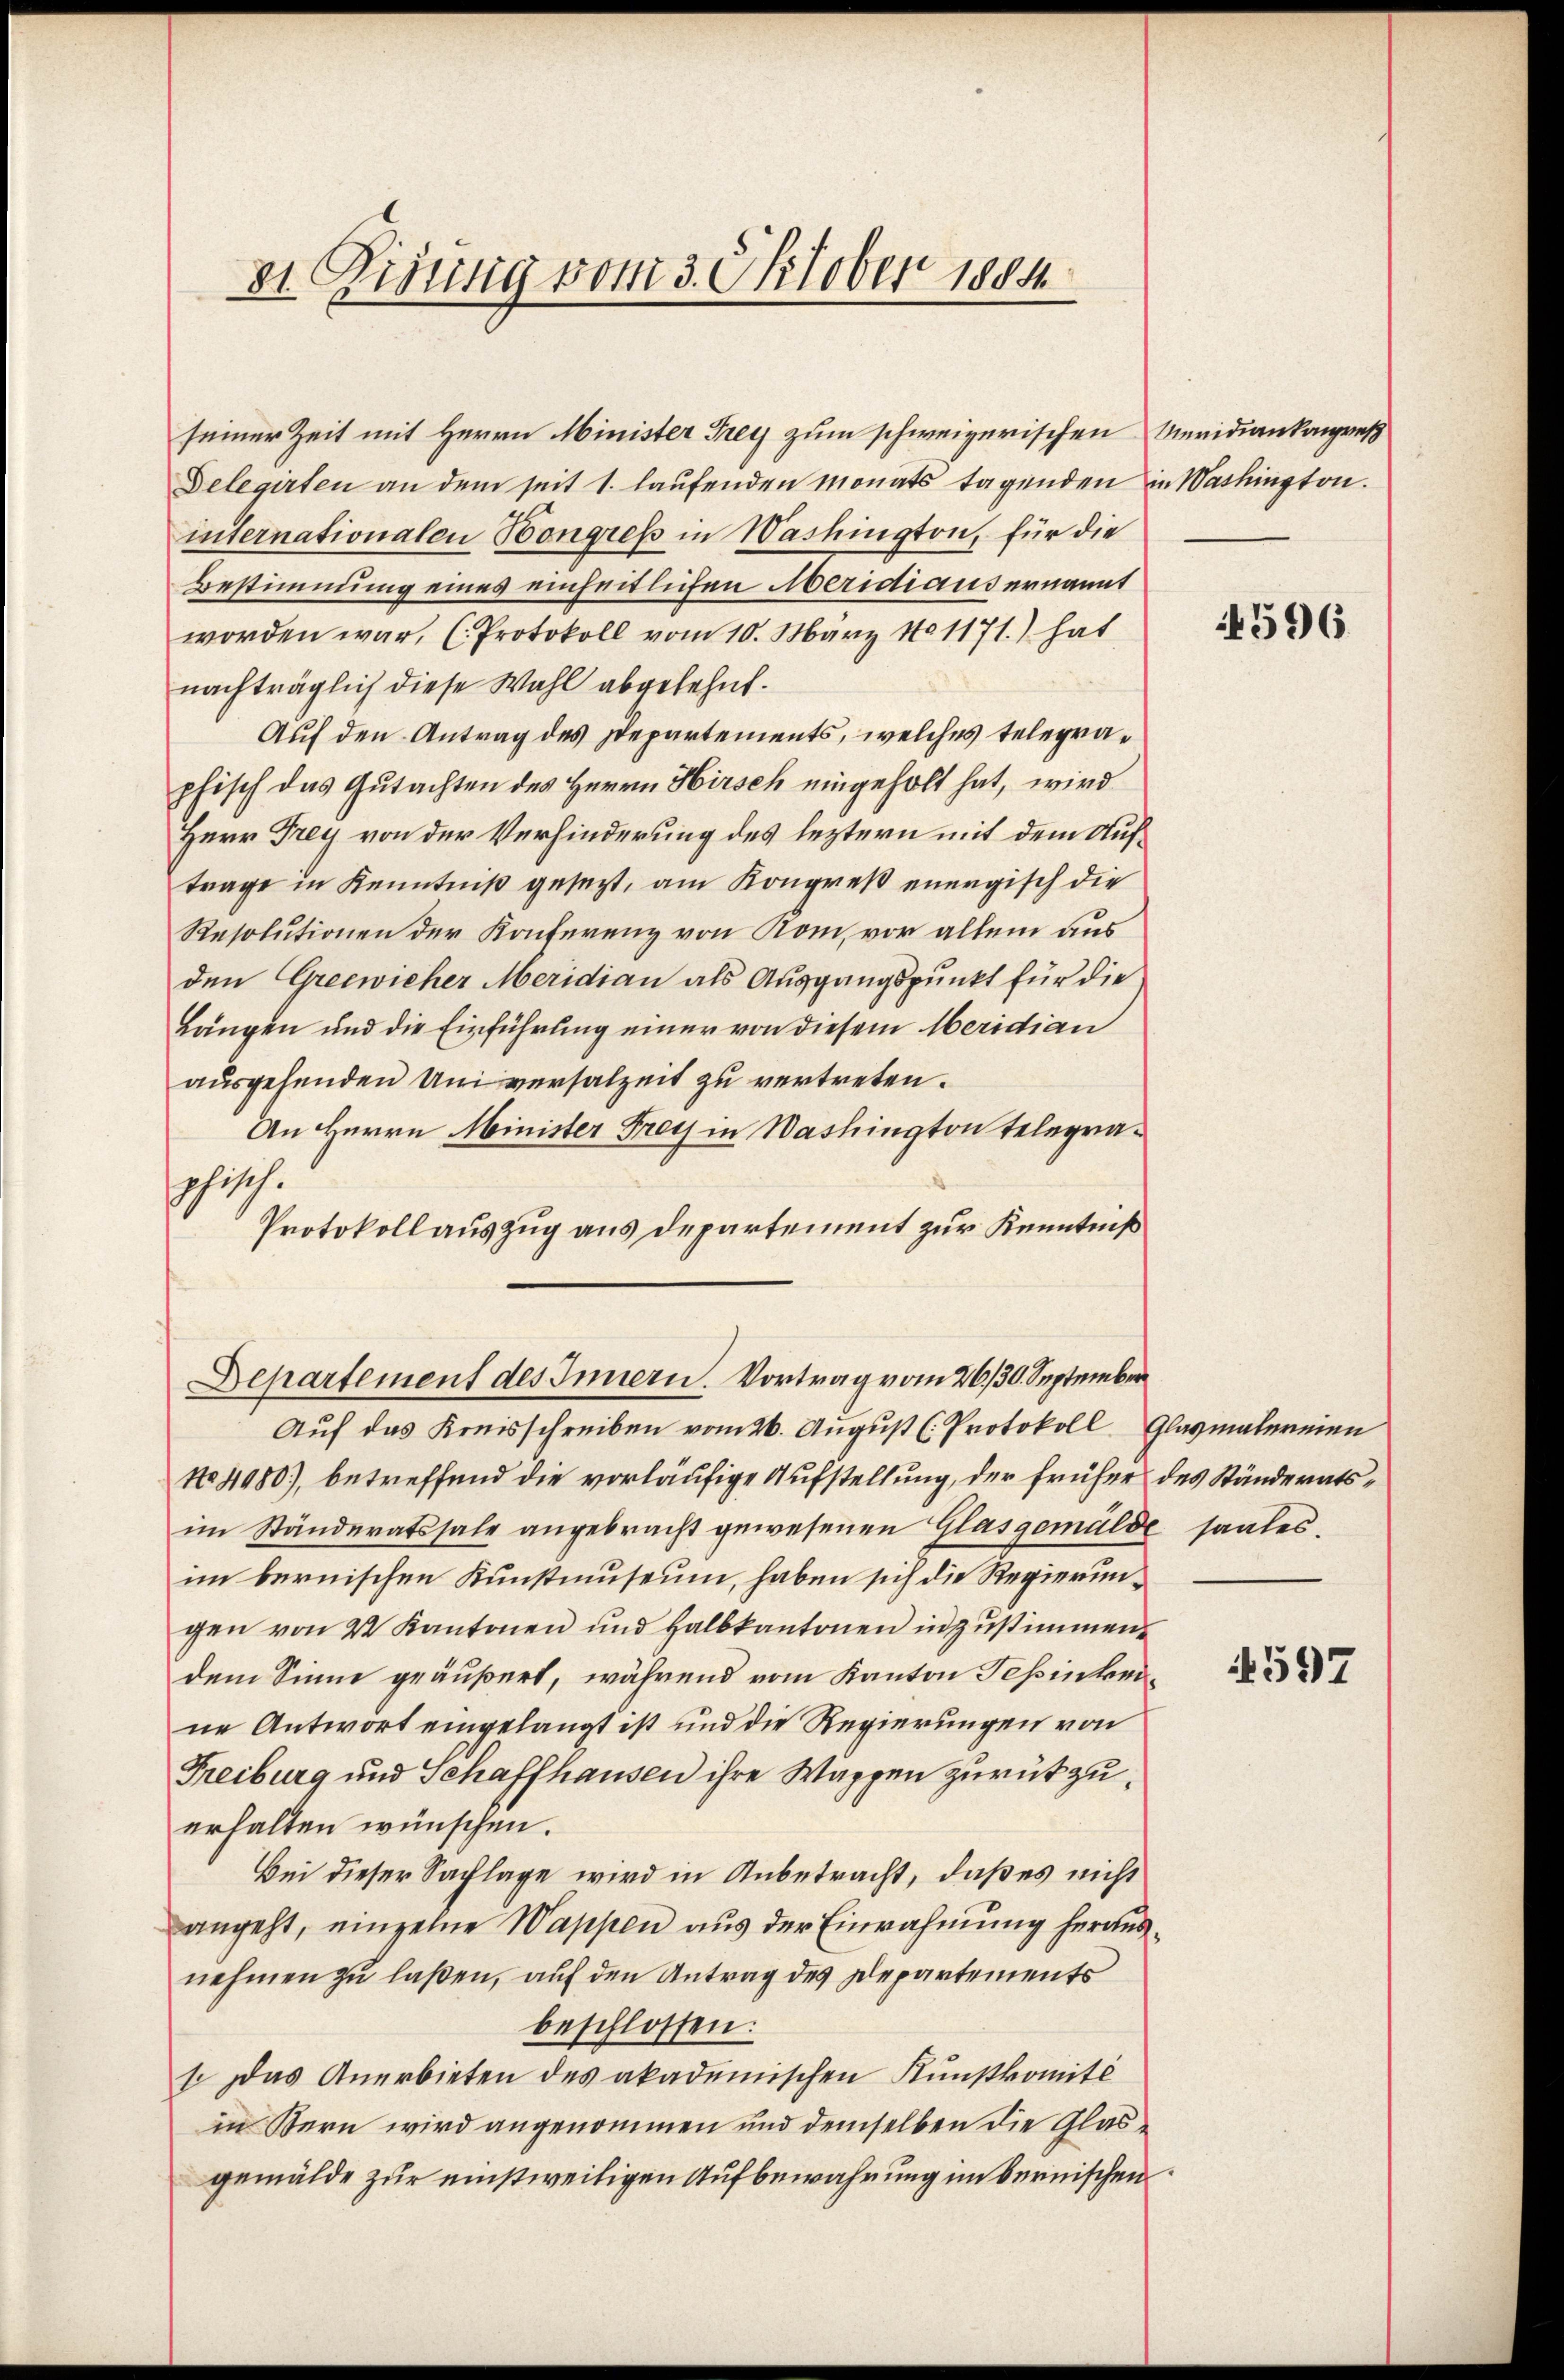
81. Zisung vom 3. Oktober 1884

Delegirten an dem seit 1. laufenden monats tagenden in Washington.
internationalen Bongress in Washington, für die
Bestimmung eines einheitlichen Meridiaus ernannt
worden war, (Protokoll vom 10. März 181171.) hat
nachträglich diese Wahl abgelehnt.
Auf den Antrag des Departements, welches telegrapfisch das Gutachten des Herrn Hirsch eingeholt hat, wird
Herr Frey von der Verhinderung des leztern mit dem Auftrage in Kenntniß gesezt, am Kongreß energisch die
Resolutionen der Konferenz von Rom, vor allem aus
den Greewicher Meridian als Ausgangspunkt für die
Längen und die Einführung einer von diesem Meridian
ausgehenden Universalzeit zu vertreten.
An Herrn Minister Frey in Washington telegraschisch.
Protokollauszug aus Departement zur Kenntniß

seiner Zeit mit Herrn Minister Frey zum schweizerischen Meridiankongres

Departement des Innern. Vortrag vom 26./30. September
Auf das Kreisschreiben vom 26. August (Protokoll Glasmalereien

No 4080), betreffend die vorläufige Aufstellung, der früher des Ständeratsim Ständeratssale angebracht gewesenen Glasgemälde saales.
im bernischen Kunstmuseum, haben sich die Regierungen von 2 Kantonen und Halbkantonen in zustimmen
dem Sinne geäußert, während vom Kanton Tessinkeine Antwort eingelangt ist und die Regierungen von
Freiburg und Schaffhausen ihre Wappen zurükzuerhalten wünschen.
Bei dieser Sachlage wird in Anbetracht, daß es nicht
angeht, einzelne Wappen aus der Einrahmung herausnehmen zu laßen, auf den Antrag des Departements
beschlossen:
s. Das Anerbieten des akademischen Kunstkomité
in Bern wird angenommen und demselben die Glasgemälde zur einstweiligen Aufbewahrung im bernischen

1596

4597